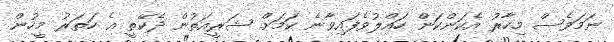
ނަމަވެސް މިހާރު އެކަންކަން ހައްލުވެފައިވާނެ ކަމަށް ޝަރީއަތުން ދެކޭތީ އެ ހަތަރު މީހުން